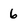
Character: 6